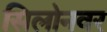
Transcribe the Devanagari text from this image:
सिलोनवर